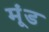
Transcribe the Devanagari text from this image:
मूंड